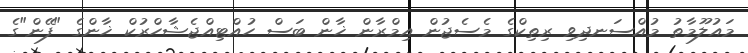
މައުލޫމާތު މުއްސަނދިވި ރިތިކްގެ މެސެޖުން އިމްރާން ޚާން ބަސް ހުއްޓިއްޖެޝާހްރުކް ޚާންގެ "ފޭން"ގެ